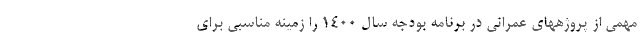
مهمی از پروژههای عمرانی در برنامه بودجه سال ۱۴۰۰ را زمینه مناسبی برای